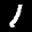
Label: 1